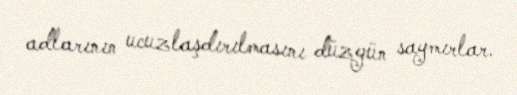
adlarının ucuzlaşdırılmasını düzgün saymırlar.